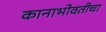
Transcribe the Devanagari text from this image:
कानाभोवतीचा